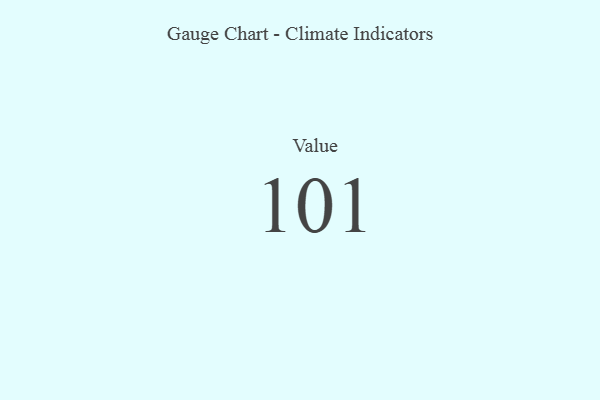
{"axis": {"x": "Metric", "y": "Value"}, "legend": [""], "data": [{"x": "Value", "y": 101, "type": ""}]}